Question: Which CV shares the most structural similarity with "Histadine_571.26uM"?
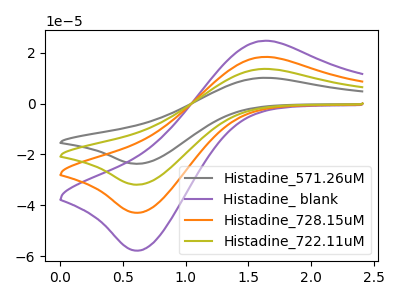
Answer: <think>The gray curve "Histadine_571.26uM" has an anodic peak at (1.60V, 54.70uA) and a cathodic peak at (0.65V, -128.65uA). The purple curve "Histadine_ blank" has an anodic peak at (1.60V, 24.55uA) and a cathodic peak at (0.65V, -57.75uA). The orange curve "Histadine_728.15uM" has an anodic peak at (1.60V, 18.25uA) and a cathodic peak at (0.65V, -42.90uA). The olive curve "Histadine_722.11uM" has an anodic peak at (1.60V, 36.45uA) and a cathodic peak at (0.65V, -85.75uA).
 All the peaks in "Histadine_571.26uM" have a peak in "Histadine_ blank" at the same potential. Every peak in "Histadine_571.26uM" is higher than every peak in "Histadine_ blank". All the peaks in "Histadine_571.26uM" have a peak in "Histadine_728.15uM" at the same potential. Every peak in "Histadine_571.26uM" is higher than every peak in "Histadine_728.15uM". All the peaks in "Histadine_571.26uM" have a peak in "Histadine_722.11uM" at the same potential. Every peak in "Histadine_571.26uM" is higher than every peak in "Histadine_722.11uM". All the peaks in "Histadine_ blank" have a peak in "Histadine_728.15uM" at the same potential. Every peak in "Histadine_ blank" is higher than every peak in "Histadine_728.15uM". All the peaks in "Histadine_ blank" have a peak in "Histadine_722.11uM" at the same potential. Every peak in "Histadine_ blank" is lower than every peak in "Histadine_722.11uM". All the peaks in "Histadine_728.15uM" have a peak in "Histadine_722.11uM" at the same potential. Every peak in "Histadine_728.15uM" is lower than every peak in "Histadine_722.11uM".</think>
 <answer>"Histadine_571.26uM", "Histadine_728.15uM" and "Histadine_722.11uM" have a similar shape to "Histadine_ blank".</answer>
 <eval>"Histadine_571.26uM" "Histadine_728.15uM" "Histadine_722.11uM"</eval>